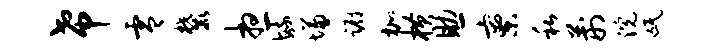
希零麓想毓慊蹰加横助寮私荆浣氓